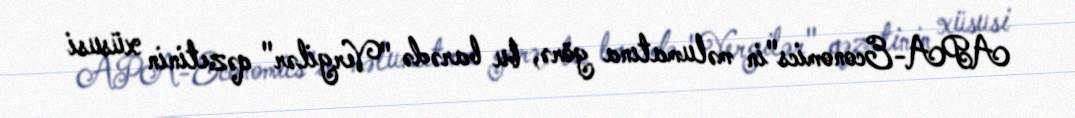
APA-Economics"in məlumatına görə, bu barədə "Vergilər" qəzetinin xüsusi